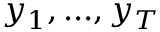
y _ { 1 } , . . . , y _ { T }